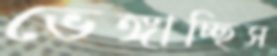
ভেঙ্গাচ্ছিস